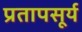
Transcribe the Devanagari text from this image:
प्रतापसूर्य